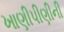
ખાણીપીણીની